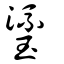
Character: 瑬